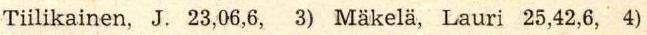
Tiilikainen, J. 23,06,6, 3) Mäkela, Lauri 25,42,6, 4